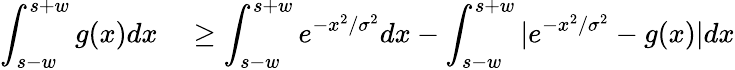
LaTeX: \begin{array}{rl}{\displaystyle\int_{s-w}^{s+w}g(x)dx}&{{}\ge\displaystyle\int_{s-w}^{s+w}e^{-x^{2}/\sigma^{2}}dx-\displaystyle\int_{s-w}^{s+w}|e^{-x^{2}/\sigma^{2}}-g(x)|dx}\end{array}